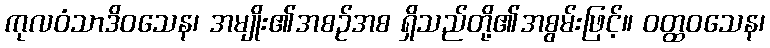
ကုလဝံသာဒိဝသေန၊ အမျိုး၏အစဉ်အစ ရှိသည်တို့၏အစွမ်းဖြင့်။ ဝတ္ထဝသေန၊